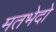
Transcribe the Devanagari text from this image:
मतभेदो